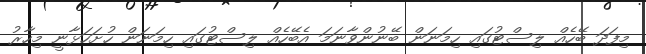
މިފަދަ ބޭހެއް ލިސްޓުގައި ހިމަނަން ބޭނުންވާނަމަ އެބޭހެއްް ލިސްޓުގައި ހިމަނަން ހުށަހަޅާނީ މިހާރު